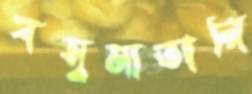
বসুমাতারি